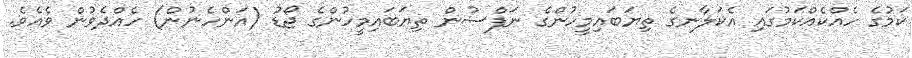
ކަމުގެ ހެއްކެއްކަމުގައި އެކަލާނގެ ތިޔަބައިމީހުންގެ ނަފްސުން ތިޔަބައިމީހުންގެ ޖޯޑު (އަންހެނުން) ހެއްދެވުން ވެއެވެ.